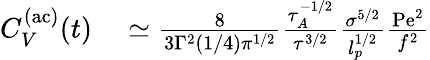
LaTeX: \begin{array}{rl}{C_{V}^{\mathrm{(ac)}}(t)}&{{}\simeq\frac{8}{3\Gamma^{2}(1/4){\pi}^{1/2}}\frac{\tau_{A}^{-1/2}}{{\tau}^{3/2}}\frac{\sigma^{5/2}}{l_{p}^{1/2}}\frac{\mathrm{Pe}^{2}}{f^{2}}}\end{array}